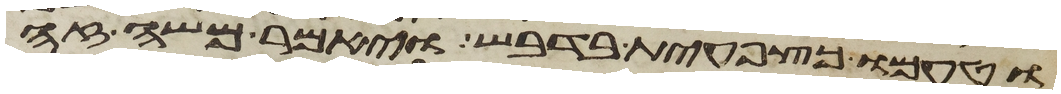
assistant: וטעמו כצפחית בדבש ויאמר משה זה